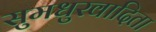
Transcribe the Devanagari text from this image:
सुमधुरवादिता